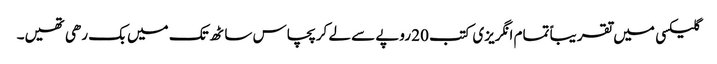
گلیکسی میں تقریباً تمام انگریزی کتب 20 روپے سے لے کر پچاس ساٹھ تک میں بک رھی تھیں۔